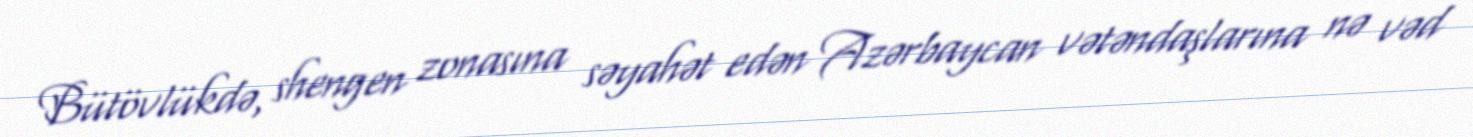
Bütövlükdə, shengen zonasına səyahət edən Azərbaycan vətəndaşlarına nə vəd